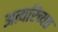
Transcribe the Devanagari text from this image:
अत्यरिच्यत